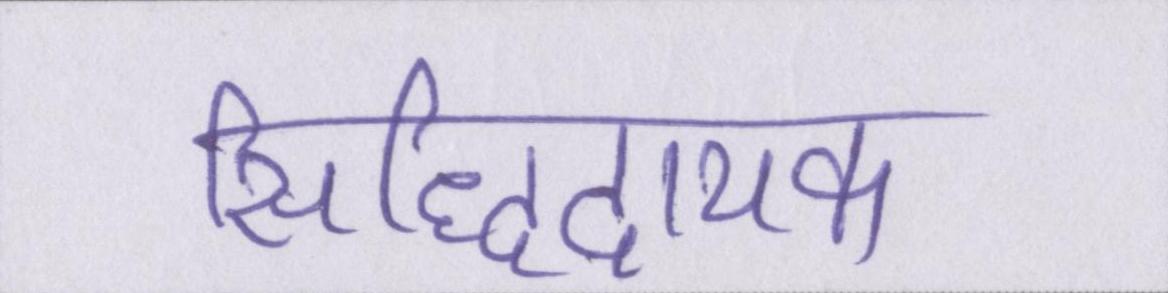
सिद्धिदायक